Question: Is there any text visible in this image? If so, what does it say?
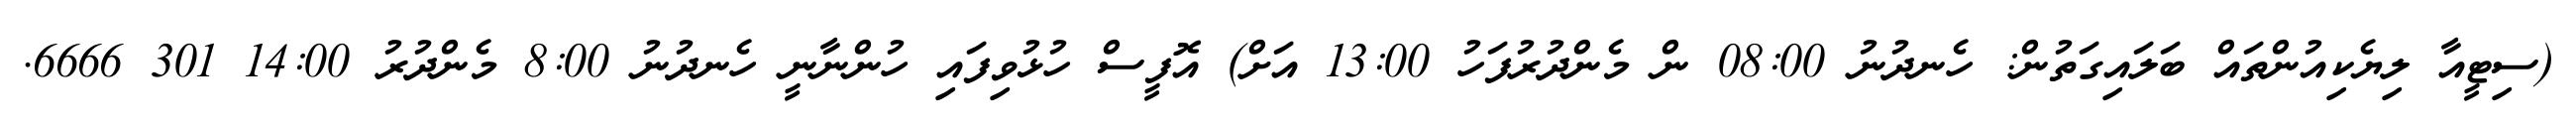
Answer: (ސިޓީއާ ލިޔެކިއުންތައް ބަލައިގަތުން: ހެނދުނު 08:00 ން މެންދުރުފަހު 13:00 އަށް) އޮފީސް ހުޅުވިފައި ހުންނާނީ ހެނދުނު 8:00 މެންދުރު 14:00 301 6666.